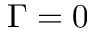
\Gamma = 0